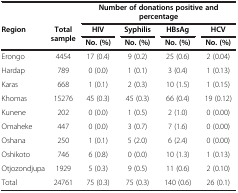
| <COLSPAN=2>  | <COLSPAN=4> Number of donations positive and percentage |
 | Region | Total sample | HIV | Syphilis | HBsAg | HCV |
 | <COLSPAN=2>  | No. (%) | No. (%) | No. (%) | No. (%) |
 | --- | --- | --- | --- | --- | --- |
 | Erongo | 4454 | 17 (0.4) | 9 (0.2) | 25 (0.6) | 2 (0.04) |
 | Hardap | 789 | 0 (0.0) | 1 (0.1) | 3 (0.4) | 1 (0.13) |
 | Karas | 668 | 1 (0.1) | 2 (0.3) | 10 (1.5) | 1 (0.15) |
 | Khomas | 15276 | 45 (0.3) | 45 (0.3) | 66 (0.4) | 19 (0.12) |
 | Kunene | 202 | 0 (0.0) | 1 (0.5) | 2 (1.0) | 0 (0.00) |
 | Omaheke | 447 | 0 (0.0) | 3 (0.7) | 7 (1.6) | 0 (0.00) |
 | Oshana | 250 | 1 (0.1) | 5 (2.0) | 6 (2.4) | 0 (0.00) |
 | Oshikoto | 746 | 6 (0.8) | 0 (0.0) | 10 (1.3) | 1 (0.13) |
 | Otjozondjupa | 1929 | 5 (0.3) | 9 (0.5) | 11 (0.6) | 2 (0.10) |
 | Total | 24761 | 75 (0.3) | 75 (0.3) | 140 (0.6) | 26 (0.1) |